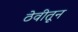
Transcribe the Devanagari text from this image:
ठेवीतून